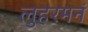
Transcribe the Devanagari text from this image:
लुहरमनं